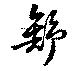
舒